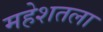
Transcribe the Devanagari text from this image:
महेशतला